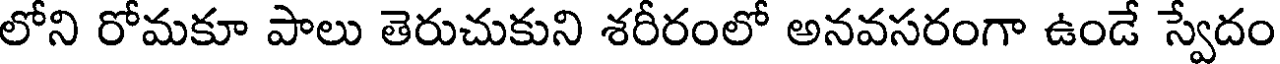
లోని రోమకూ పాలు తెరుచుకుని శరీరంలో అనవసరంగా ఉండే స్వేదం